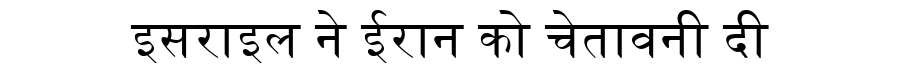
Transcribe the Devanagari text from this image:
इसराइल ने ईरान को चेतावनी दी